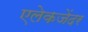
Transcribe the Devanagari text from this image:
एलेकजेंदर